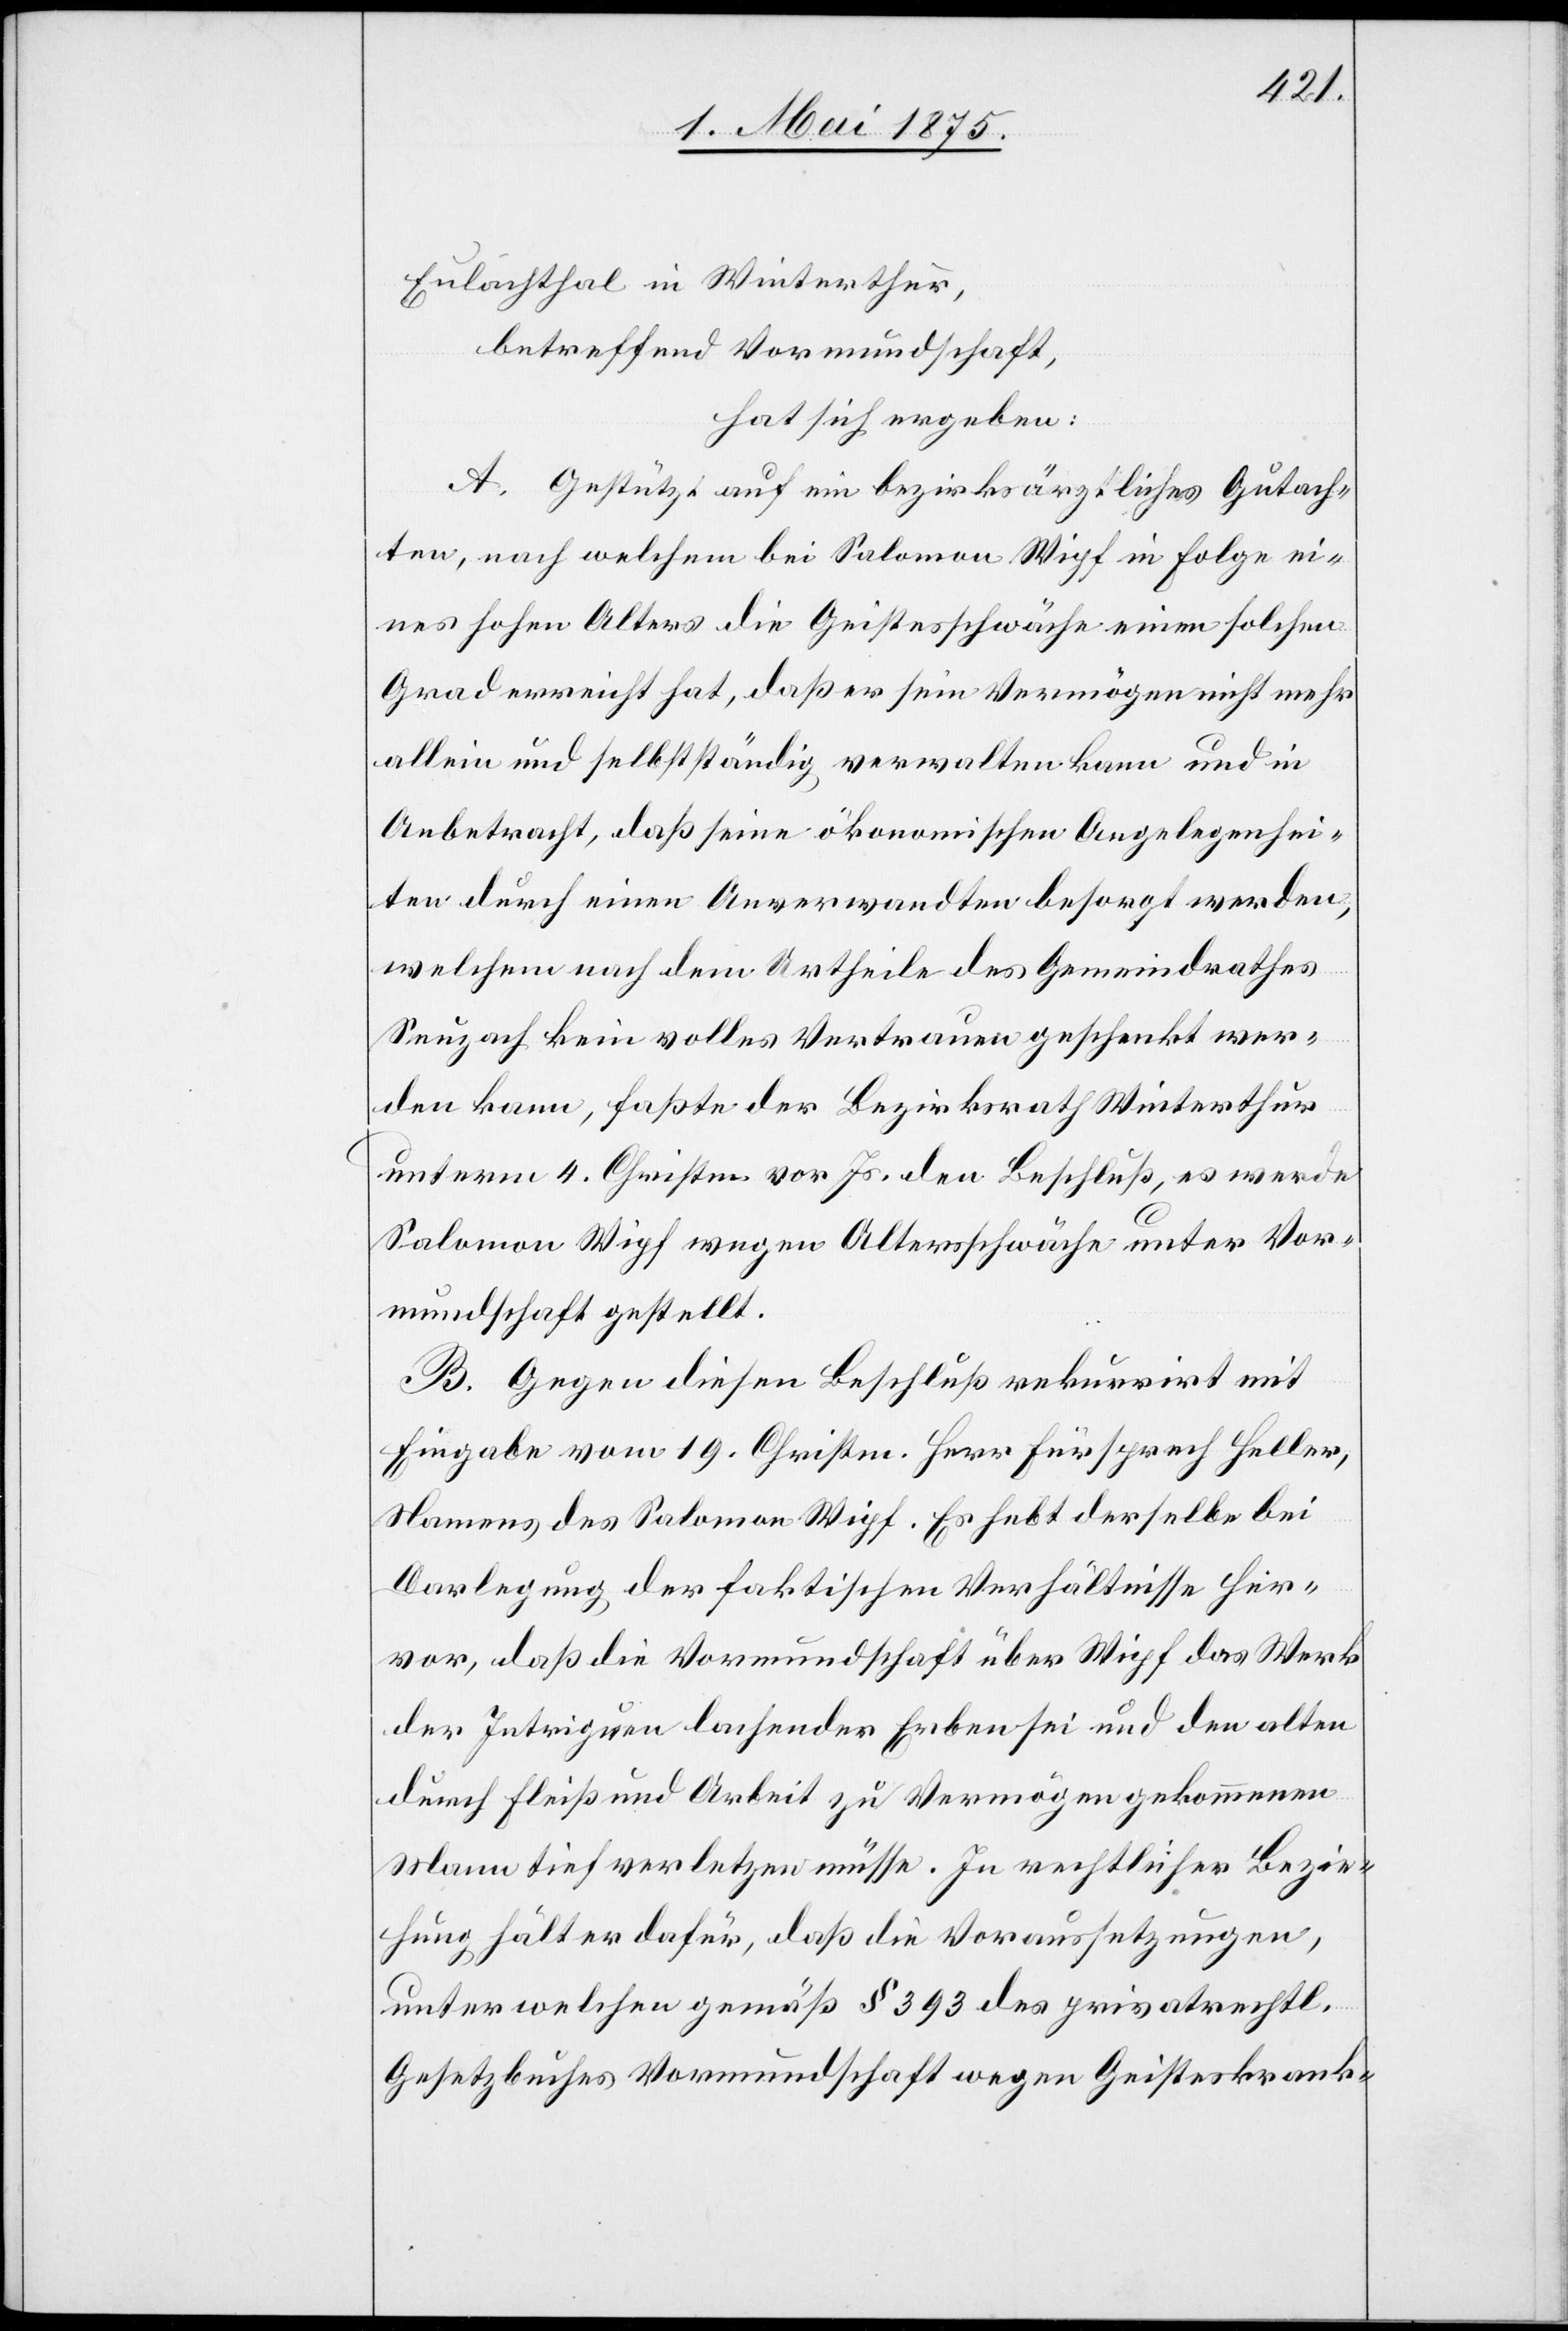
Eulachthal in Winterthur,
betreffend Vormundschaft,
hat sich ergeben:
A. Gestützt auf ein bezirksärztliches Gutach¬
ten, nach welchem bei Salomon Wipf in Folge ei¬
nes hohen Alters die Geistesschwäche einen solchen
Grad erreicht hat, daß er sein Vermögen nicht mehr
allein und selbstständig verwalten kann und in
Anbetracht, daß seine ökonomischen Angelegenhei¬
ten durch einen Anverwandten besorgt werden,
welchem nach dem Urtheile des Gemeindrathes
Seuzach kein volles Vertrauen geschenkt wer¬
den kann, faßte der Bezirksrath Winterthur
unter 4. Christm. vor. Js. den Beschluß, es werde
Salomon Wipf wegen Altersschwäche unter Vor¬
mundschaft gestellt.
B. Gegen diesen Beschluß rekurrirt mit
Eingabe vom 19. Christm. Herr Fürsprech Heller,
Namens des Salomon Wipf. Es hebt derselbe bei
Darlegung der faktischen Verhältnisse her¬
vor, daß die Vormundschaft über Wipf das Werk
der Intrigen lachender Erben sei und den alten
durch Fleiß und Arbeit zu Vermögen gekommenen
Mann tief verletzen müsse. In rechtlicher Bezie¬
hung hält er dafür, daß die Voraussetzungen,
unter welchen gemäß § 393 des privatrechtl.
Gesetzbuches Vormundschaft wegen Geisteskrank-